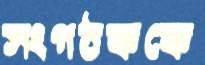
সংগঠককে